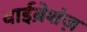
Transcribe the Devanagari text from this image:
वाईब्रेशंज़